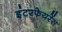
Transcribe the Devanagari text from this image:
इंटरफेयरेंस